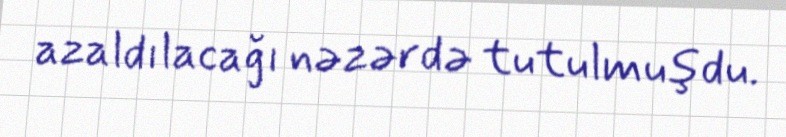
azaldılacağı nəzərdə tutulmuşdu.